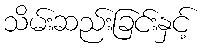
သိမ်းဆည်းခြင်းနှင့်